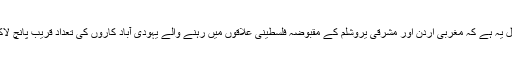
صورت حال یہ ہے کہ مغربی اردن اور مشرقی یروشلم کے مقبوضہ فلسطینی علاقوں میں رہنے والے یہودی آباد کاروں کی تعداد قریب پانچ لاکھ بنتی ہے۔